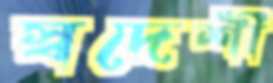
স্বদেশী